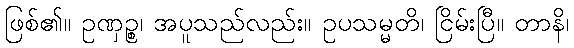
ဖြစ်၏။ ဥဏှဉ္စ၊ အပူသည်လည်း။ ဥပသမ္မတိ၊ ငြိမ်းပြီ။ တာနိ၊